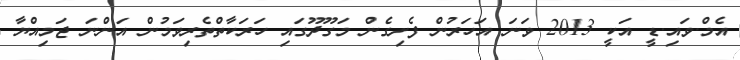
އެމް.ވައި.ޑީ އަކީ 2013 ވަނަ އަހަރުން ފެށިގެން މަގޫދޫގައި ހަރަކާތްތެރިވަމުން އަންނަ ޖަމިއްޔާ